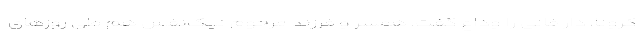
کرونا، دار فانی را وداع گفت. همسر و فرزند مرحوم نیک‌نفس هم طی روزهای